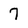
Character: 7